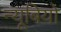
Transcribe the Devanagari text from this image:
न्यूबियो